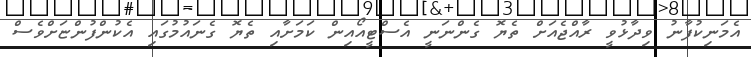
އެމަނިކުފާނު ވިދާޅުވީ ރާއްޖެއަށް ތެޔޮ ގެންނަނީ އެސްޓީއޯއިން ކަމަށާއި ތެޔޮ ގެނައުމުގައި އެކުންފުންޏަށްވެސް